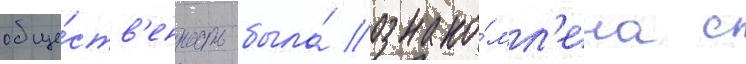
обще́ств'енность была́ ознако́мл'ена с